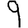
Digit: 9